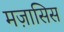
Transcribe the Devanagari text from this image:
मज़ासिस